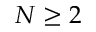
N \geq 2